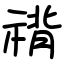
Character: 禙